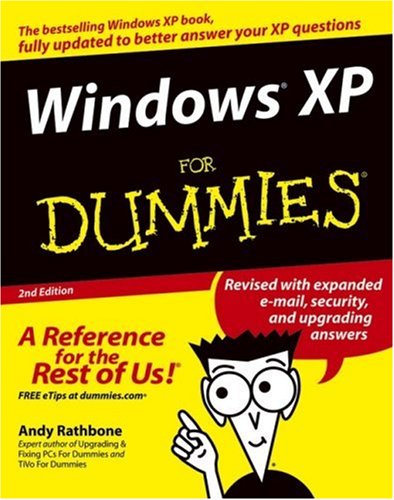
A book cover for Windows XP For Dummies; Andy Rathbone; Computers & Technology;